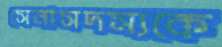
সেনাসদস্যকে